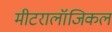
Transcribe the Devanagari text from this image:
मीटरालॉजिकल